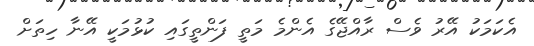
އެކަމަކު އޭރު ވެސް ރާއްޖޭގެ އެންމެ މަތީ ފަންތީގައި ކުޅުމަކީ އޭނާ ހިތަށް